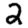
Digit: 2